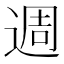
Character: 週